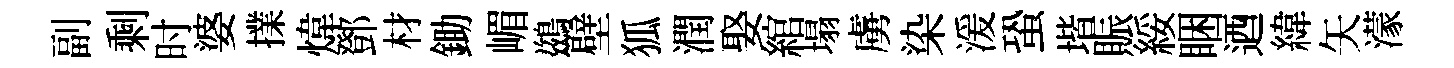
副剩时婆擈煒鄧材鋤嵋鷀壁狐潤娶綰塌虜染湲蛩堦賑綏睏迺緯矢濛